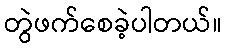
တွဲဖက်စေခဲ့ပါတယ်။